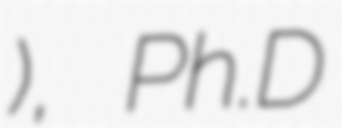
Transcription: Кораћ), Ph.D